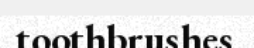
toothbrushes